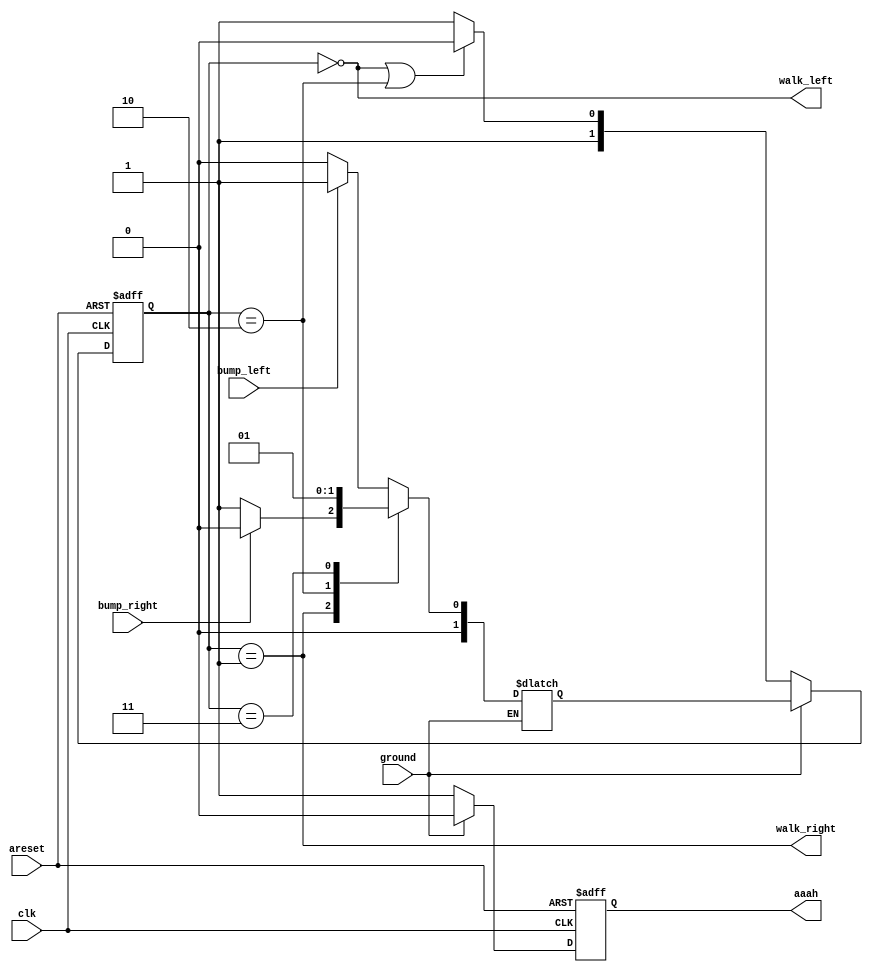
module top_module(
    input clk,
    input areset,    // Freshly brainwashed Lemmings walk left.
    input bump_left,
    input bump_right,
    input ground,
    output walk_left,
    output walk_right,
    output aaah ); 

    parameter LEFT=0, RIGHT=1, FALL_L=2, FALL_R=3;

    reg [1:0] state, next_state;

    always @(*) begin
        if(ground)
            case (state)
                LEFT: next_state = (bump_left) ? RIGHT : LEFT;
                RIGHT: next_state = (bump_right) ? LEFT : RIGHT;
                FALL_L: next_state = LEFT;
                FALL_R: next_state = RIGHT;
            endcase
    end

    always @(posedge clk, posedge areset) begin
        if(areset) state <= LEFT;
        else if(~ground) 
            if(state == LEFT | state == FALL_L) state <= FALL_L;
            else state <= FALL_R;
        else state <= next_state;
    end

    always @(posedge clk, posedge areset) begin
        if(areset) aaah <= 0;
        else if(~ground) aaah <= 1;
        else aaah <= 0;
    end

    assign walk_left = (state == LEFT);
    assign walk_right = (state == RIGHT);

endmodule